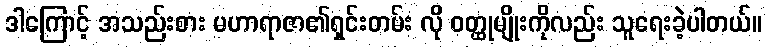
ဒါကြောင့် အသည်းစား မဟာရာဇာ၏ရှင်းတမ်း လို ဝတ္ထုမျိုးကိုလည်း သူရေးခဲ့ပါတယ်။